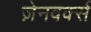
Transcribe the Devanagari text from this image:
ज़ेनवर्क्स